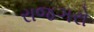
રાજઞરો